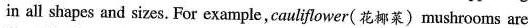
in all shapes and sizes. For example,cauliflower(花椰莱) mushrooms are